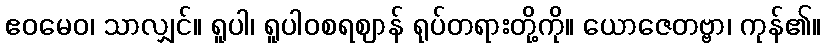
ဧဝမေဝ၊ သာလျှင်။ ရူပါ၊ ရူပါဝစရဈာန် ရုပ်တရားတို့ကို။ ယောဇေတဗ္ဗာ၊ ကုန်၏။